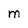
Character: M